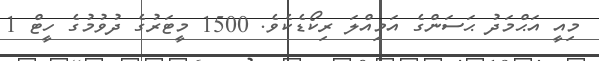
މިއީ އަޙްމަދު ޙަސަންގެ އަމިއްލަ ރިކޯޑެކެވެ. 1500 މީޓަރުގެ ދުވުމުގެ ހީޓް 1